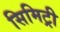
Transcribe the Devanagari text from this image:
सिमिट्री